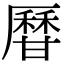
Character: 𤯍